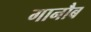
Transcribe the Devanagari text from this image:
गानौब